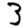
Digit: 3